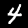
Label: 4